Report on plague and inoculation in the Punjab from October 1st ... to September 30th..., being the ... season of plague in the province
Disease focus: Plague
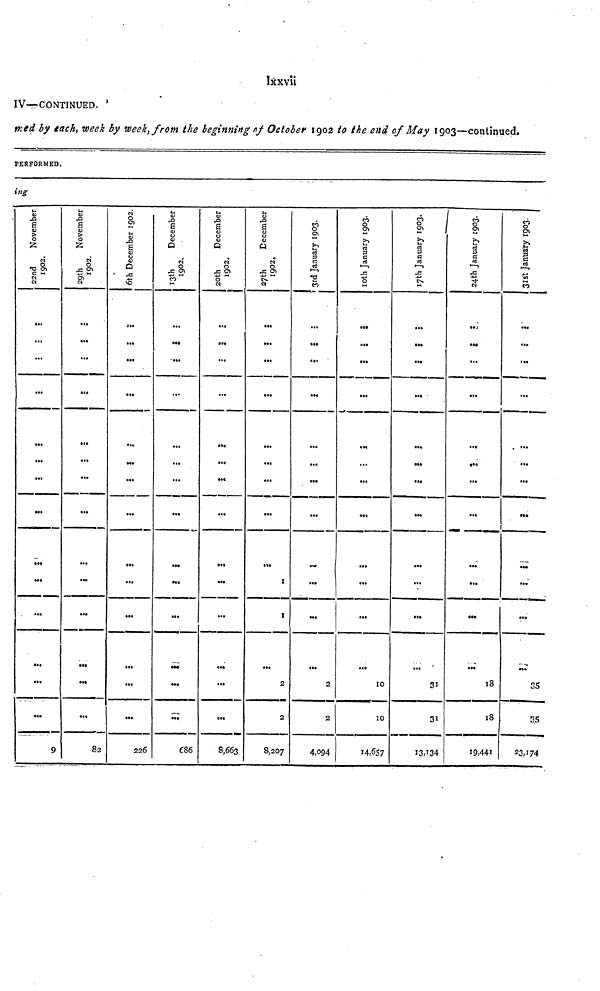
lxxvii
IV— CONTINUED.
med by each, week by week, from the beginning of October 1902 to the end of May 1903—continued.
PERFORMED.
ing
22nd November 1902.
...
...
...
...
...
...
...
...
...
9
29th November 1902.
...
>•>
• ••
...
...
...
...
...
...
...
82
6th December 1902.
...
...
...
...
...
...
...
...
...
226
13th December 1902.
...
•**
...
...
...
...
„.
...
...
...
20th December 1902.
...
...
...
...
...
...
•••
...
...
...
8,663
27th Decmber 1902.
...
...
...
...
...
...
...
I
I
2
2
8,207
3rd January 1903.
...
...
...
...
...
...
...
2
2
4,094
10th January 1903.
...
...
...
...
...
...
...
10
10
14,657
17th Jaunary 1903.
...
...
...
...
...
...
...
...
".'
31
13,134
24th January 1903.
...
...
>««
...
...
..."
...
...
...
18
18
19,441
31st January 1903.
...
...
....
...
...
35
35
23,174